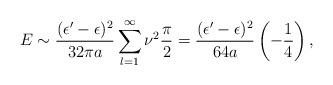
LaTeX: \begin{align*}E\sim{(\epsilon'-\epsilon)^2\over32\pi a}\sum_{l=1}^\infty\nu^2{\pi\over2}={(\epsilon'-\epsilon)^2\over64 a}\left(-{1\over4}\right),\end{align*}